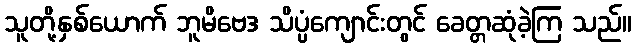
သူတို့နှစ်ယောက် ဘူမိဗေဒ သိပ္ပံကျောင်းတွင် ခေတ္တဆုံခဲ့ကြ သည်။